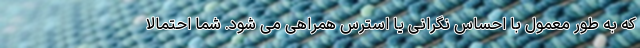
که به طور معمول با احساس نگرانی یا استرس همراهی می شود. شما احتمالا